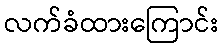
လက်ခံထားကြောင်း